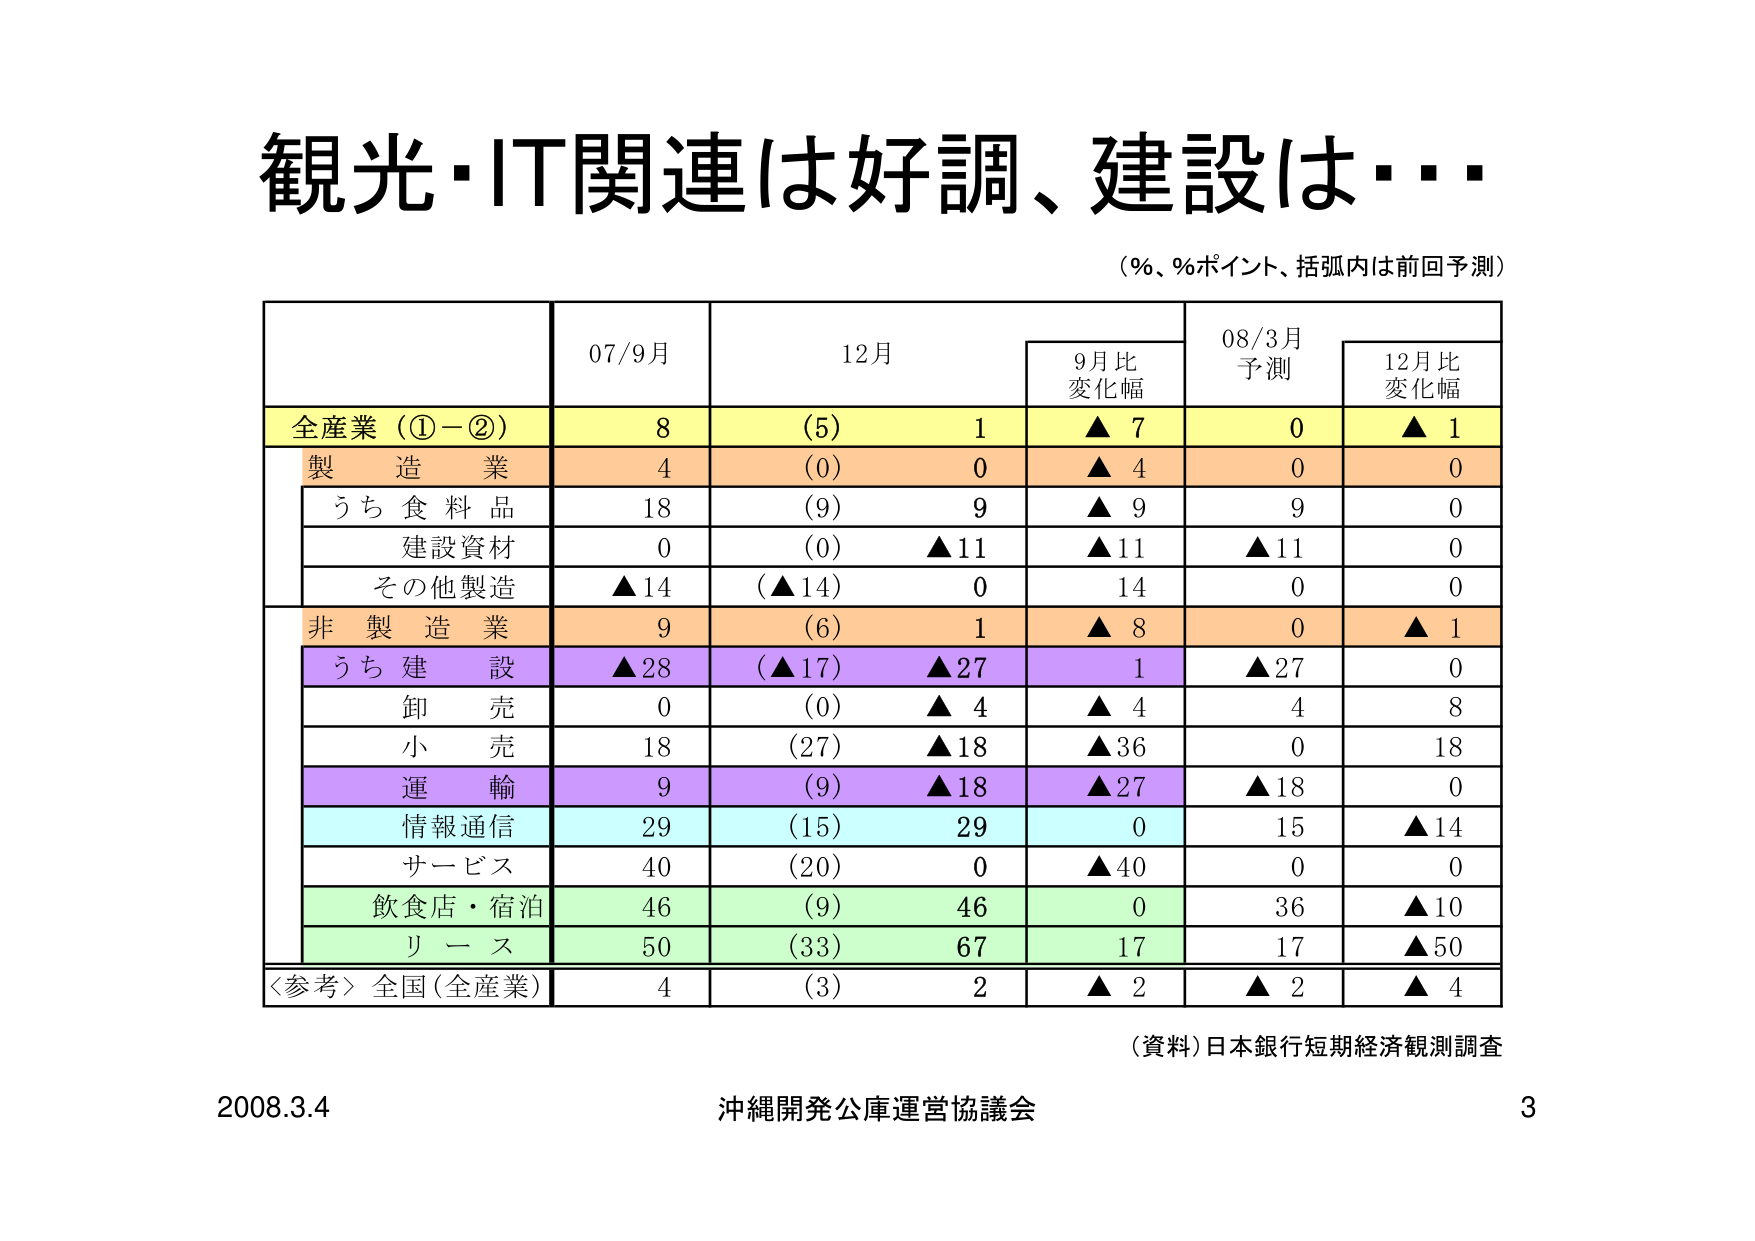
観光・IT関連は好調、建設は・・・
（％、％ポイント、括弧内は前回予測）

| | 07/9月 | 12月 | 9月比変化幅 | 08/3月予測 | 12月比変化幅 |
|---|---|---|---|---|---|
| 全産業（①－②） | 8 | （5） | 1 | ▲7 | 0 | ▲1 |
| 製造業 | 4 | （0） | 0 | ▲4 | 0 | 0 |
| うち食料品 | 18 | （9） | 9 | ▲9 | 9 | 0 |
| 建設資材 | 0 | （0） | ▲11 | ▲11 | ▲11 | 0 |
| その他製造 | ▲14 | （▲14） | 0 | 14 | 0 | 0 |
| 非製造業 | 9 | （6） | 1 | ▲8 | 0 | ▲1 |
| うち建設 | ▲28 | （▲17） | ▲27 | 1 | ▲27 | 0 |
| 卸売 | 0 | （0） | ▲4 | ▲4 | 4 | 8 |
| 小売 | 18 | （27） | ▲18 | ▲36 | 0 | 18 |
| 運輸 | 9 | （9） | ▲18 | ▲27 | ▲18 | 0 |
| 情報通信 | 29 | （15） | 29 | 0 | 15 | ▲14 |
| サービス | 40 | （20） | 0 | ▲40 | 0 | 0 |
| 飲食店・宿泊 | 46 | （9） | 46 | 0 | 36 | ▲10 |
| リース | 50 | （33） | 67 | 17 | 17 | ▲50 |
| ＜参考＞全国（全産業） | 4 | （3） | 2 | ▲2 | ▲2 | ▲4 |

（資料）日本銀行短期経済観測調査
2008.3.4 沖縄開発公庫運営協議会 3